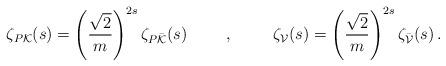
LaTeX: \begin{align*}\zeta_{P{\cal K}}(s)=\left( \frac{\sqrt{2}}{m}\right)^{2s} \zeta_{P\bar{\cal K}}(s) \hspace{1cm}, \hspace{1cm} \zeta_{\cal V}(s)=\left( \frac{\sqrt{2}}{m} \right)^{2s} \zeta_{\bar{\cal V}}(s)\,.\end{align*}